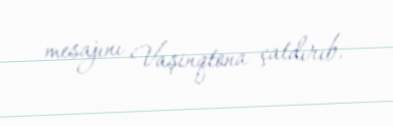
mesajını Vaşinqtona çatdırıb.